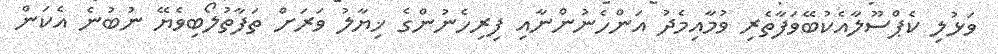
ވަޅުލި ކެޕްސޫލާއެކުބޭވަފާތެރި ވުމާއިމެދު އަންހެނުންނާއި ފިރިހެނުންގެ ޚިޔާލު ވަރަށް ތަފާތުލޯބިވެޔޭ ނުބުނެ އެކަން